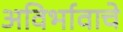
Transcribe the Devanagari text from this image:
अविर्भावाचे